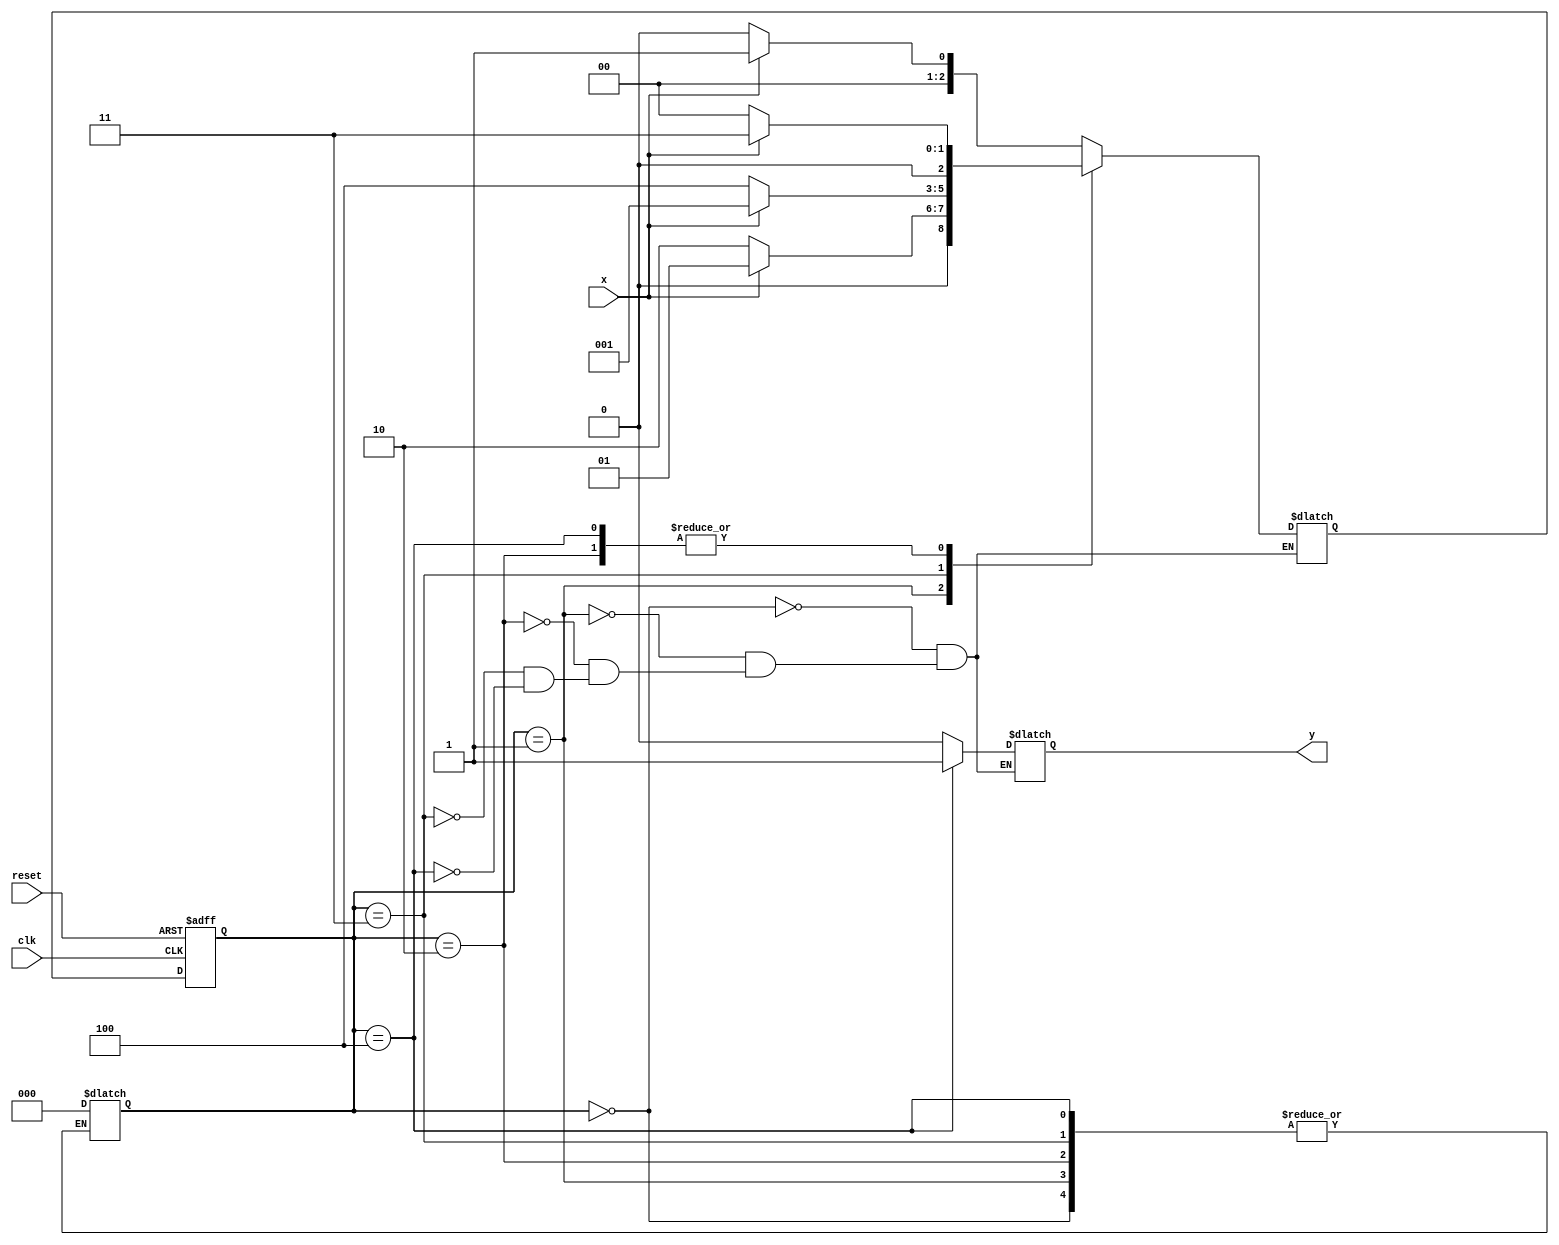
module moore(x,clk,reset,y);
	input x,clk,reset;
	output reg y;
	parameter A=0, B=1, C=2, D=3, E=4;
	reg [2:0] ps,ns;
	always@(posedge clk, posedge reset)
	begin
		if(reset)
			ps <= A;
		else
			ps <= ns;
	end

	always@(ps,x)
	begin
		case(ps)
			A: ns = x ? B : A;
			B: ns = x ? B : C;
			C: ns = x ? D : A;
			D: ns = x ? B : E;
			E: ns = x ? D : A;
			default: ps = A;
		endcase
	end

	always@(ps)
	begin
		case(ps)
			A: y=0;
			B: y=0;
			C: y=0;
			D: y=0;
			E: y=1;
		endcase
	end
endmodule

module TestMooreMachine;
	reg x,clk,reset;
	wire y;
	moore dut(.x(x), .clk(clk), .reset(reset), .y(y));
	initial
	begin
		$dumpfile("moore.vcd"); 
		$dumpvars(0,TestMooreMachine);
		$display("\nThis machine is check the sequence of 1010");
	end
	always #5 clk=~clk;
	initial
	begin
		$monitor($time, "\tReset=%b  X=%b  PS=%b  NS=%b  Y=%b", reset, x, dut.ps, dut.ns, y);
		#10 clk=1'b0; reset=1'b1;
		#12 reset=1'b0;
		 #8 x=1; #10 x=0; #10 x=1; #10 x=0;
		#10 x=0; #10 x=0; #10 x=1; #10 x=0;
		#10 x=1; #10 x=0; #10 x=1; #10 x=0;
		#10 x=1; #10 x=0;
		#10 $finish;
	end
endmodule